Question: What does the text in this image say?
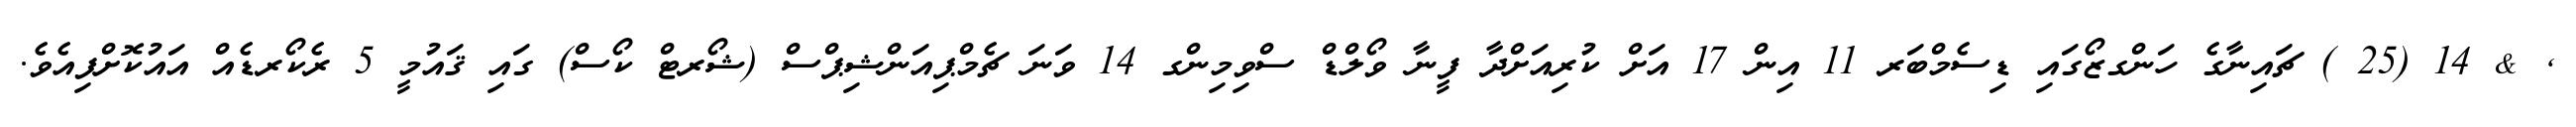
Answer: , & 14 (25 ) ޗައިނާގެ ހަންގޒޯގައި ޑިސެމްބަރ 11 އިން 17 އަށް ކުރިއަށްދާ ފީނާ ވޯލްޑް ސްވިމިންގ 14 ވަނަ ޗެމްޕިއަންޝިޕްސް (ޝޯރޓް ކޯސް) ގައި ޤައުމީ 5 ރެކޯރޑެއް އައުކޮށްފިއެވެ.